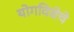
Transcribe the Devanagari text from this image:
योगविद्येचे